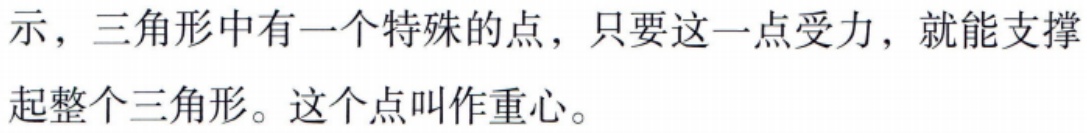
示，三角形中有一个特殊的点，只要这一点受力，就能支撑起整个三角形。这个点叫作重心。